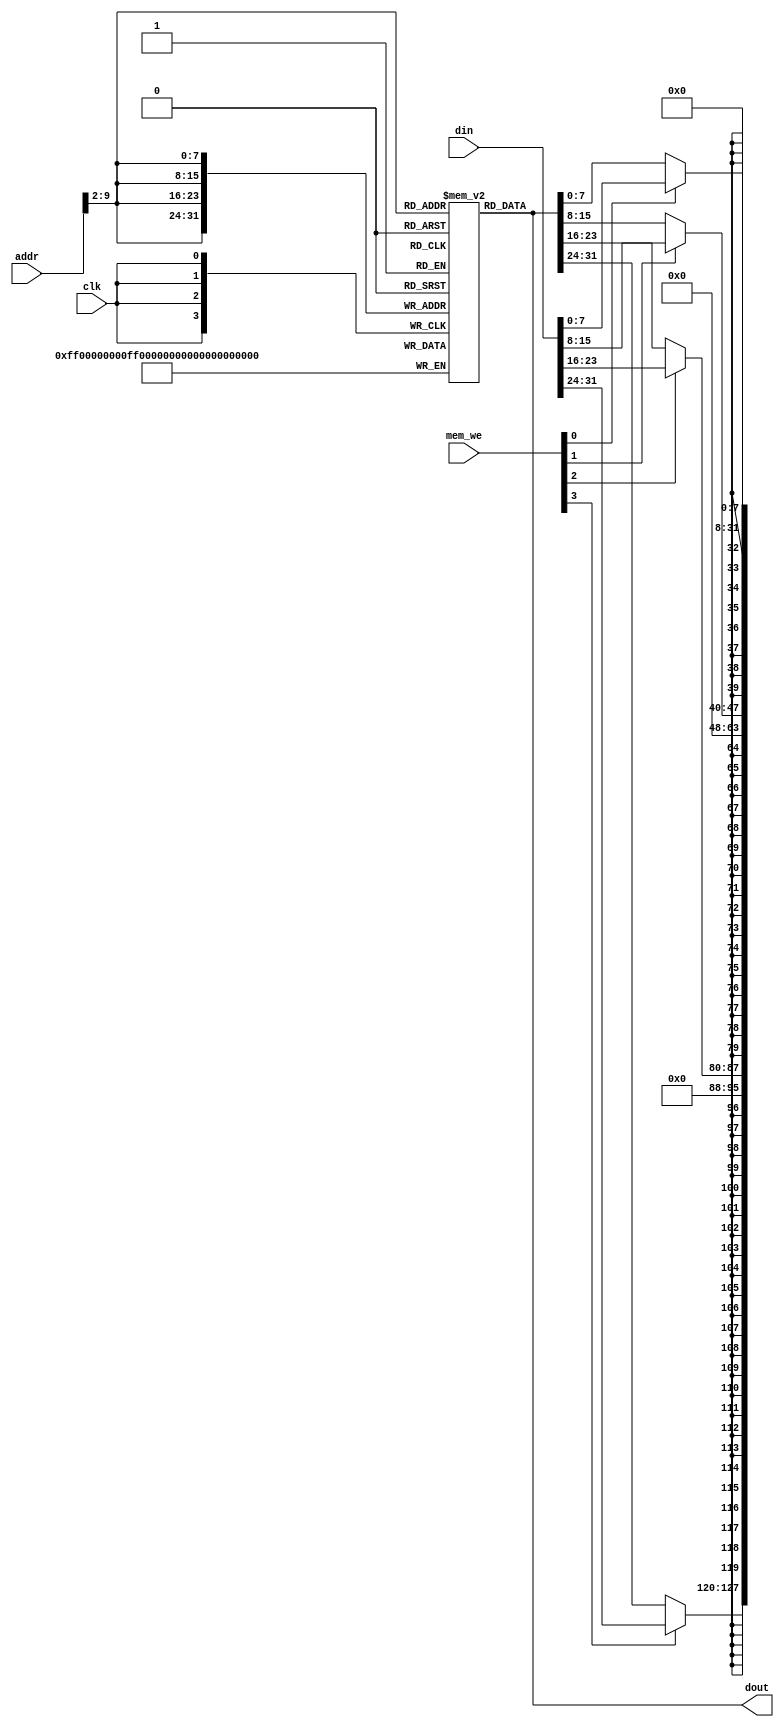
module data_mem (dout, addr, clk, din, mem_we);

	//read_addr and write_addr combined
	input [31:0] addr, din;
	input [3:0] mem_we;
	input clk;
	output [31:0] dout;

	reg [31:0] mem [0:200]; 

  integer i;
  initial begin
    for (i = 0; i < 121; i = i + 1) begin
       mem[i] = 32'd0;
    end
  end

	always @(posedge clk) 
		begin
		//mem[addr]<=din; addr[9:0] because 2^10=1024
			mem[addr[11:2]][7:0] <= mem_we[0] ? din[7:0] : mem[addr[11:2]][7:0];
      		mem[addr[11:2]][15:8] <= mem_we[1] ? din[15:8] : mem[addr[11:2]][15:8];
      		mem[addr[11:2]][23:16] <= mem_we[2] ? din[23:16] : mem[addr[11:2]][23:16];
      		mem[addr[11:2]][31:24] <= mem_we[3] ? din[31:24] : mem[addr[11:2]][31:24];
			//dout = mem[addr[11:2]][31:0];    
	end
	assign dout = mem[addr[11:2]][31:0];    

endmodule